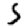
Digit: 5